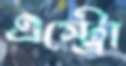
এস্ট্রো